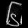
Digit: ၆